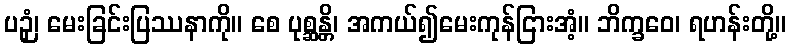
ပဉှံ၊ မေးခြင်းပြဿနာကို။ စေ ပုစ္ဆန္တိ၊ အကယ်၍မေးကုန်ငြားအံ့။ ဘိက္ခဝေ၊ ရဟန်းတို့။